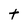
Character: t